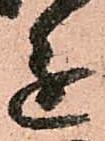
進